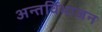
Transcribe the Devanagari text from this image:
अन्तर्विभाजन